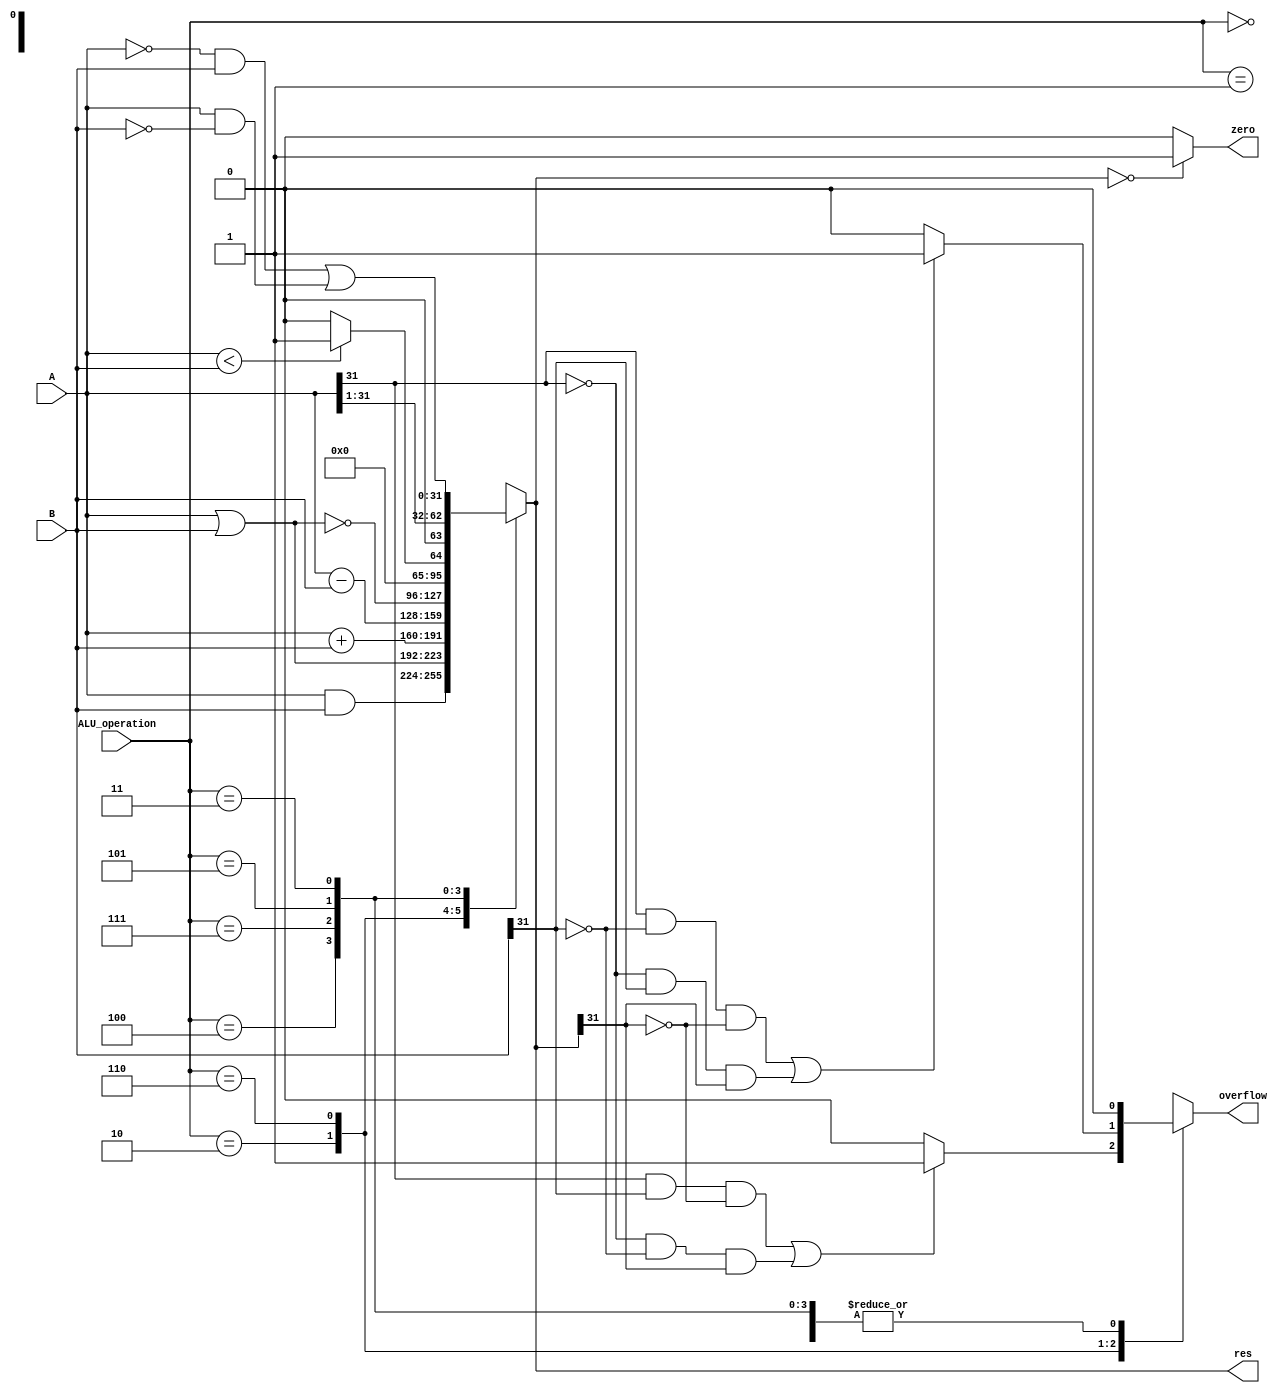
module alu(
	input [31:0] A,
	input [31:0] B,
	input [2:0] ALU_operation,
	output [31:0] res,
	output zero,
	output reg overflow
    );
wire [31:0] res_and,res_or,res_add,res_sub,res_nor,res_slt;
reg [31:0] res_op;
parameter one = 32'h00000001,zero_0=32'h00000000;

assign res_and = A&B;
assign res_or = A|B;
assign res_add = A+B;
assign res_sub = A-B;
assign res_slt = (A<B)?one:zero_0;
assign res = res_op[31:0];

always @(*) begin
	overflow = 0;
	case(ALU_operation)
		3'b000: res_op = res_and;
		3'b001: res_op = res_or;
		3'b010: begin
					res_op = res_add;
					if ((A[31:31]&B[31:31]&~res[31:31]) | (~A[31:31]&~B[31:31]&res[31:31]))
						overflow = 1;
				  end
		3'b110: begin
					res_op = res_sub;
					if ((A[31:31]&~B[31:31]&~res[31:31]) | (~A[31:31]&B[31:31]&res[31:31]))
						overflow = 1;
				  end
		3'b100: res_op = ~(A|B);
		3'b111: res_op = res_slt;
		3'b101: res_op = A >> 1;
		3'b011: res_op = (~A&B) | (A&~B);
		default: res_op=32'hxxxxxxxx;
	endcase
end
	assign zero = (res==0)?1:0;
endmodule